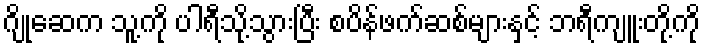
ဂျိုဆေက သူ့ကို ပါရီသို့သွားပြီး စပိန်ဖက်ဆစ်များနှင့် ဘရီကျူးတို့ကို